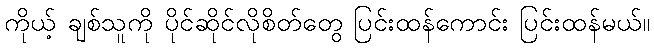
ကိုယ့် ချစ်သူကို ပိုင်ဆိုင်လိုစိတ်တွေ ပြင်းထန်ကောင်း ပြင်းထန်မယ်။